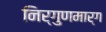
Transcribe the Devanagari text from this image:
निर्गुणमार्ग